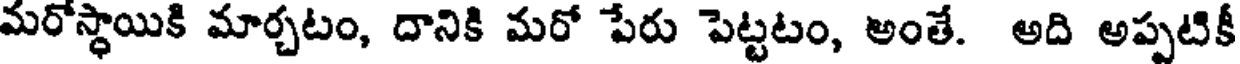
మరోస్థాయికి మార్చటం, దానికి మరో పేరు పెట్టటం, అంతే. అది అప్పటికీ